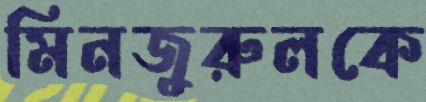
মিনজুরুলকে